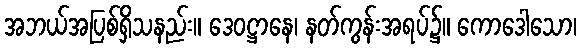
အဘယ်အပြစ်ရှိသနည်း။ ဒေဝဋ္ဌာနေ၊ နတ်ကွန်းအရပ်၌။ ကောဒေါသော၊